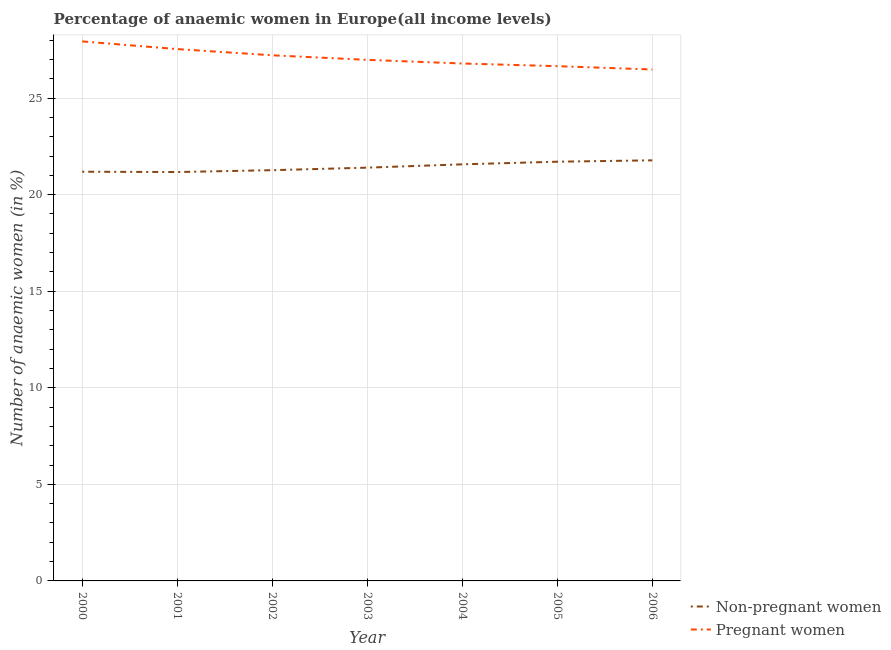
| Year | Non-pregnant women | Pregnant women |
 | --- | --- | --- |
 | 2000 | 21.2 | 27.9 |
 | 2001 | 21.2 | 27.5 |
 | 2002 | 21.3 | 27.2 |
 | 2003 | 21.4 | 27 |
 | 2004 | 21.6 | 26.8 |
 | 2005 | 21.7 | 26.7 |
 | 2006 | 21.8 | 26.5 |